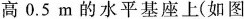
高0.5m的水平基座上(如图